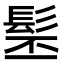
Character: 髬